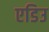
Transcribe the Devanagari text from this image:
एडिउ